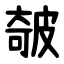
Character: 㿲